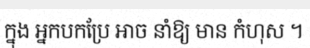
ក្នុង អ្នកបកប្រែ អាច នាំឱ្យ មាន កំហុស ។